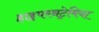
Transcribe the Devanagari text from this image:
हाइपरनट्रेमिया